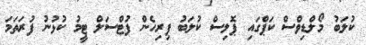
ކުލަބު މޯލްޑިވްސް ކަޕްގައި ޕޮލިސް ކުލަބު ފިރިހެން ފުޓްސަލް ޓީމު ކުޅުނު ފުރަތަމަ